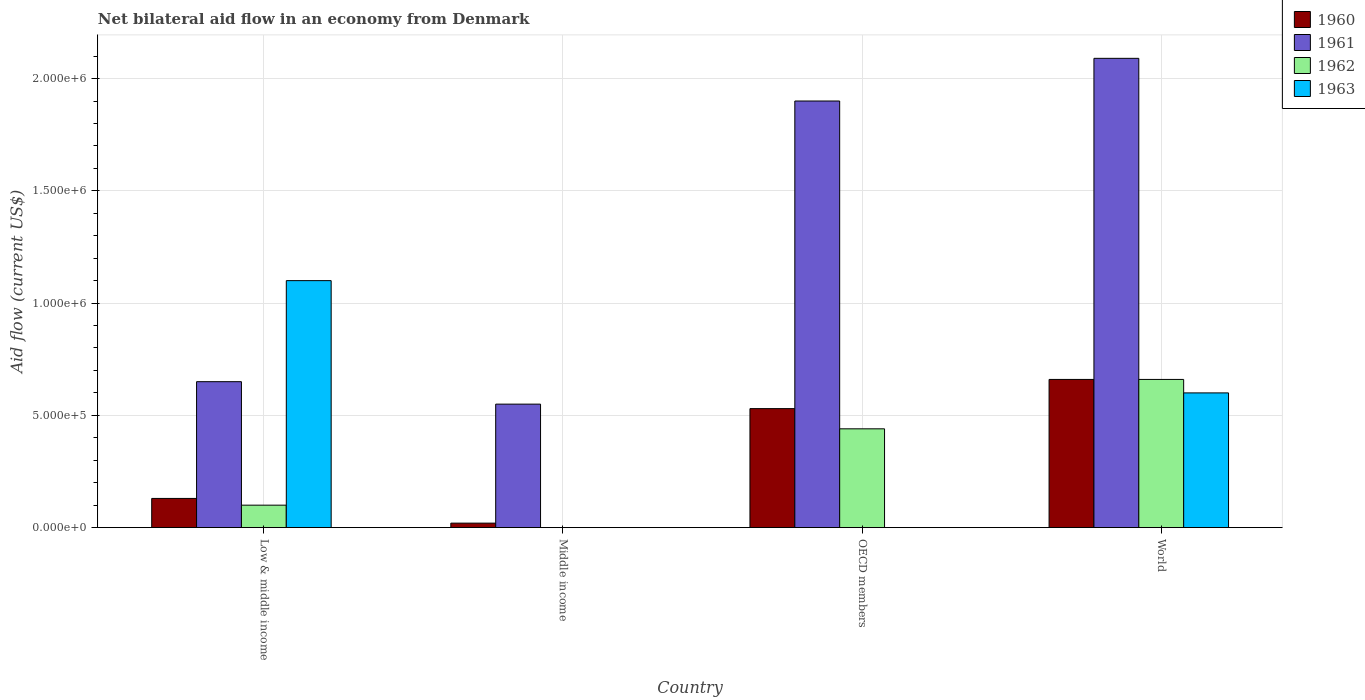
| Country | 1960 | 1961 | 1962 | 1963 |
 | --- | --- | --- | --- | --- |
 | Low & middle income | 1.3e+05 | 6.5e+05 | 1e+05 | 1.1e+06 |
 | Middle income | 2e+04 | 5.5e+05 | -1.2e+05 | -1e+05 |
 | OECD members | 5.3e+05 | 1.9e+06 | 4.4e+05 | -6e+05 |
 | World | 6.6e+05 | 2.09e+06 | 6.6e+05 | 6e+05 |